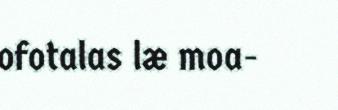
ofotalas læ moa-